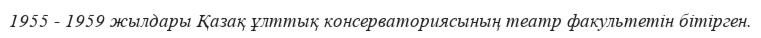
1955 - 1959 жылдары Қазақ ұлттық консерваториясының театр факультетін бітірген.